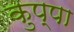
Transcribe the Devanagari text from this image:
कुप्‍पा